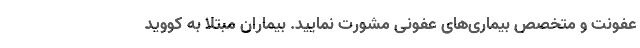
عفونت و متخصص بیماری‌های عفونی مشورت نمایید. بیماران مبتلا به کووید